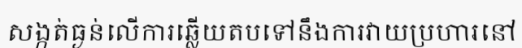
សង្កត់ធ្ងន់លើការឆ្លើយតបទៅនឹងការវាយប្រហារនៅ